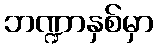
ဘဏ္ဍာနှစ်မှာ